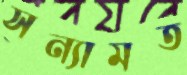
সন্যামত